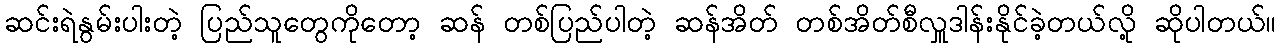
ဆင်းရဲနွမ်းပါးတဲ့ ပြည်သူတွေကိုတော့ ဆန် တစ်ပြည်ပါတဲ့ ဆန်အိတ် တစ်အိတ်စီလှူဒါန်းနိုင်ခဲ့တယ်လို့ ဆိုပါတယ်။